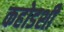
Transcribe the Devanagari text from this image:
कहोडशी